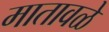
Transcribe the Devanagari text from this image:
मातावळे